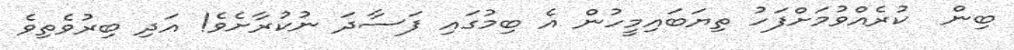
ބިން  ކުރެއްވުމަށްފަހު ތިޔަބައިމީހުން އެ ބިމުގައި ފަސާދަ ނުކުރާށެވެ! އަދި ބިރުވެތިވެ